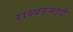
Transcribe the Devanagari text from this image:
राब्बरमादे